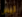
ليس